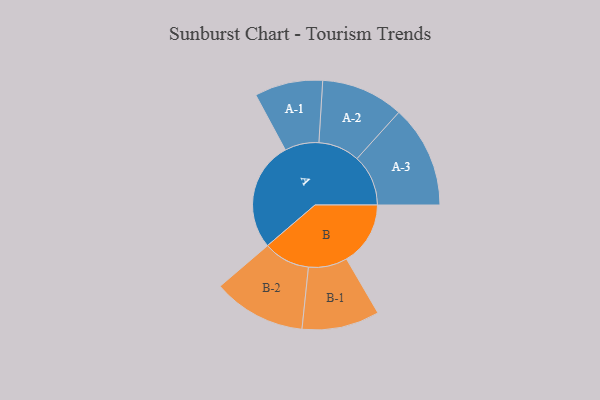
{"axis": {"x": "Segment", "y": "Value"}, "legend": ["", "A", "B"], "data": [{"x": "A", "y": 440, "type": ""}, {"x": "B", "y": 257, "type": ""}, {"x": "A-1", "y": 137, "type": "A"}, {"x": "A-2", "y": 166, "type": "A"}, {"x": "A-3", "y": 206, "type": "A"}, {"x": "B-1", "y": 156, "type": "B"}, {"x": "B-2", "y": 187, "type": "B"}]}